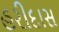
હરીદાસ